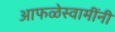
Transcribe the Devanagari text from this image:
आफळेस्वामींनी